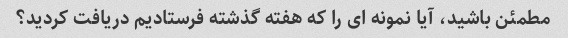
مطمئن باشید، آیا نمونه ای را که هفته گذشته فرستادیم دریافت کردید؟